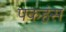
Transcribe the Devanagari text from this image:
पकहंस